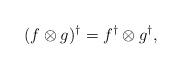
LaTeX: \begin{align*} (f\otimes g)^\dagger=f^\dagger\otimes g^\dagger,\end{align*}